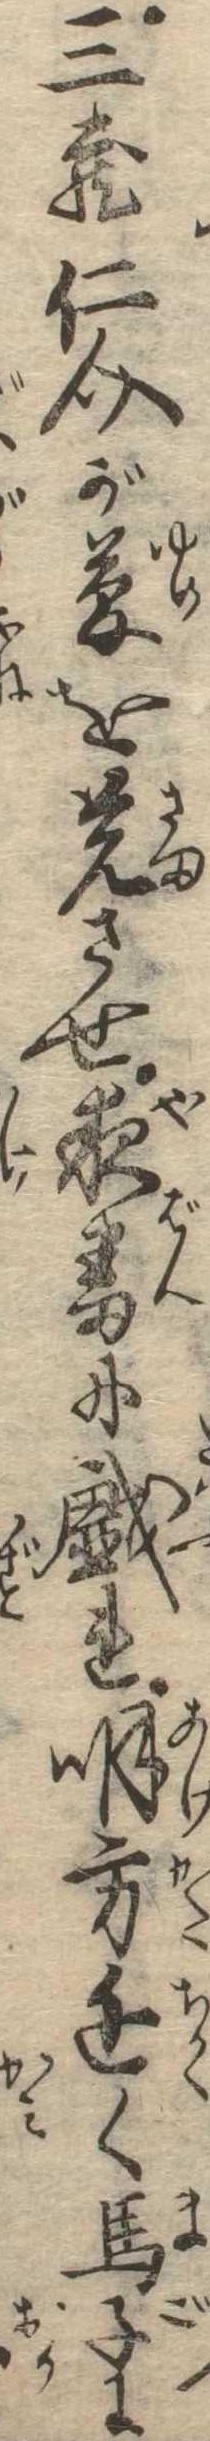
三蔵仁介が夢を覚させ夜番に戯れ明方近く馬子に